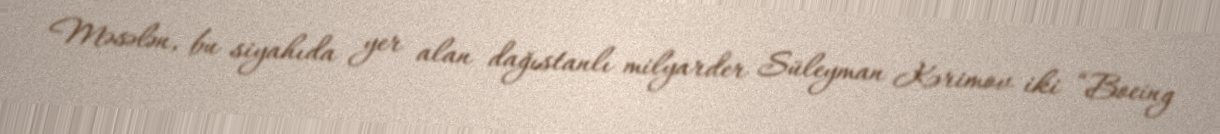
Məsələn, bu siyahıda yer alan dağıstanlı milyarder Süleyman Kərimov iki “Boeing